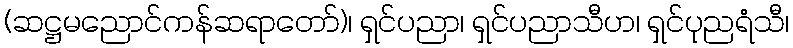
(ဆဋ္ဌမညောင်ကန်ဆရာတော်)၊ ရှင်ပညာ၊ ရှင်ပညာသီဟ၊ ရှင်ပုညရံသီ၊